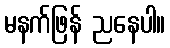
မနက်ဖြန် ညနေပါ။